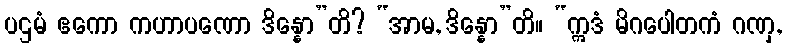
ပဌမံ ဧကော ကဟာပဏော ဒိန္နော”တိ? “အာမ, ဒိန္နော”တိ။ “ဣဒံ မိဂပေါတကံ ဂဏှ,